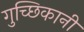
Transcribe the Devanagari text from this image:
गुच्छिकानी